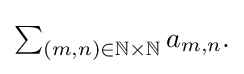
{\textstyle \sum _{(m,n)\in \mathbb {N} \times \mathbb {N} }a_{m,n}.}